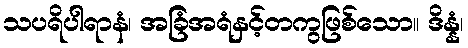
သပရိပါရာနံ၊ အခြံအရံနှင့်တကွဖြစ်သော။ ဒိန္နံ၊